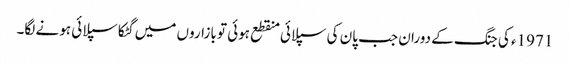
1971ء کی جنگ کے دوران جب پان کی سپلائی منقطع ہوئی تو بازاروں میں گٹکا سپلائی ہونے لگا۔